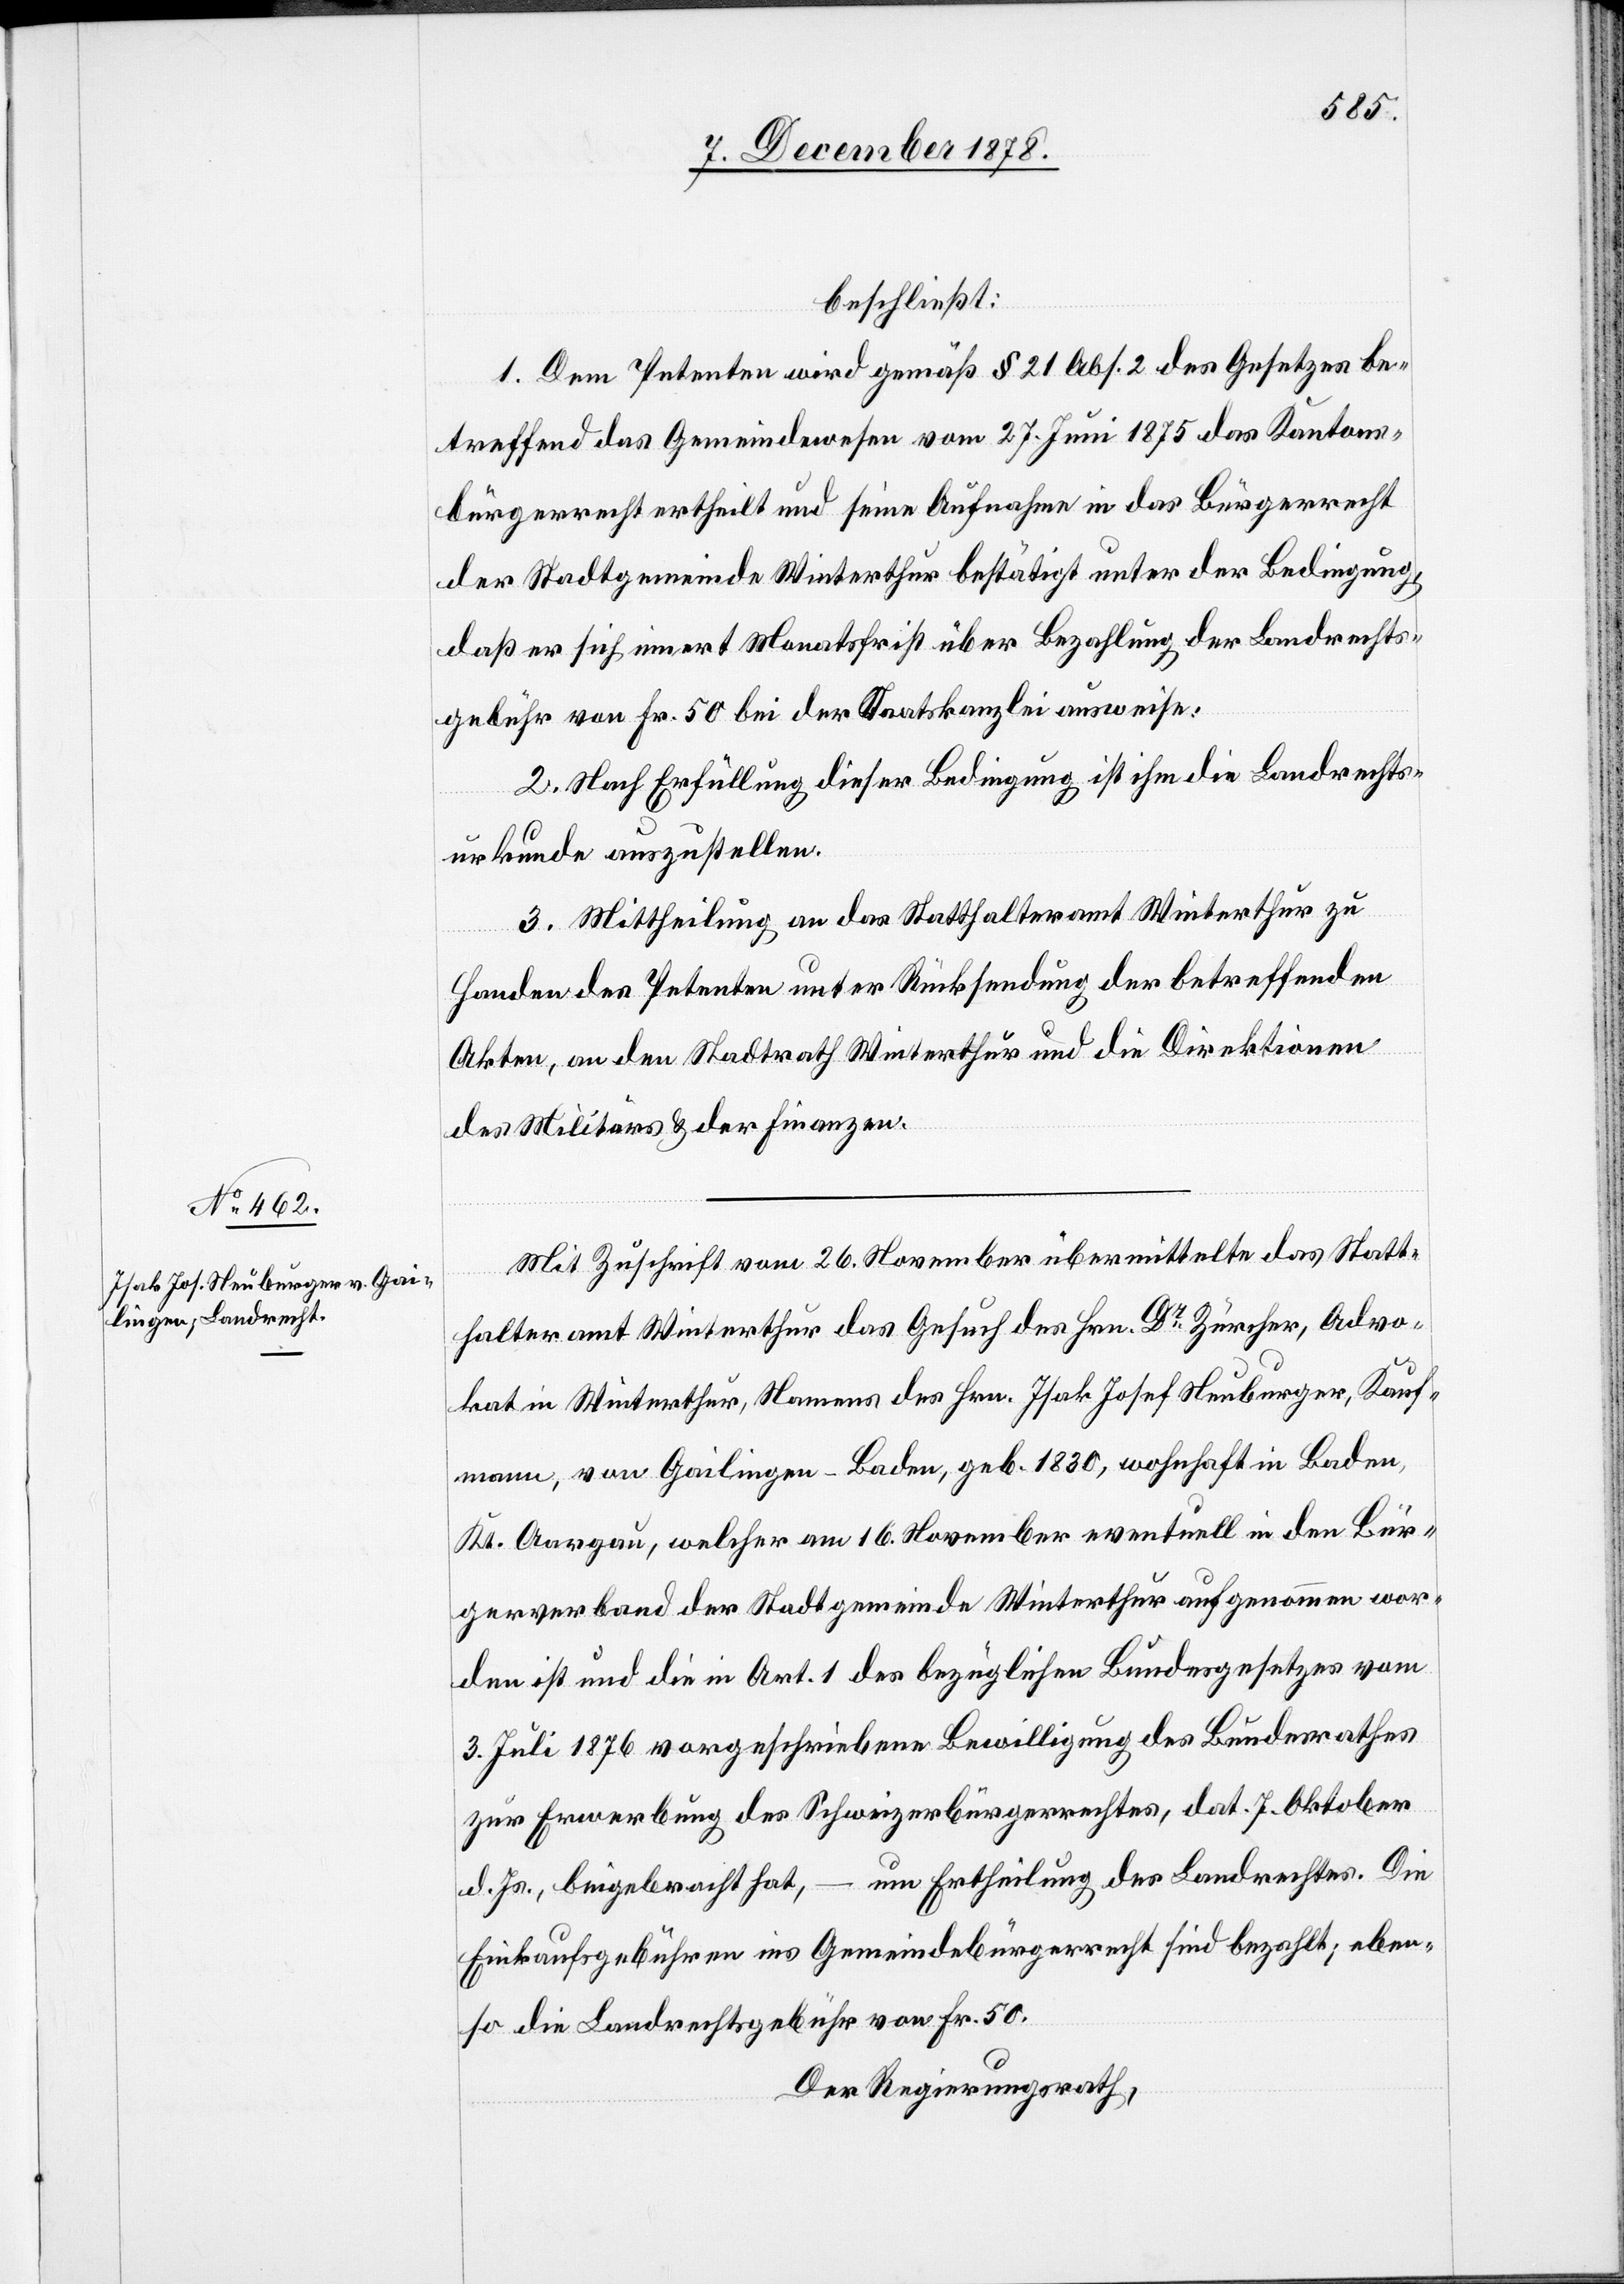
beschließt:
1. Dem Petenten wird gemäß § 21 Abs. 2 des Gesetzes be¬
treffend das Gemeindewesen vom 27. Juni 1875 das Kantons¬
bürgerrecht ertheilt und seine Aufnahme in das Bürgerrecht
der Stadtgemeinde Winterthur bestätigt unter der Bedingung,
daß er sich innert Monatsfrist über Bezahlung der Landrechts¬
gebühr von Fr. 50 bei der Staatskanzlei ausweise.
2. Nach Erfüllung dieser Bedingung ist ihm die Landrechts¬
urkunde auszustellen.
3. Mittheilung an das Statthalteramt Winterthur zu
Handen des Petenten unter Rücksendung der betreffenden
Akten, an den Stadtrath Winterthur und an die Direktionen
des Militärs & der Finanzen.
Mit Zuschrift vom 26. November übermittelte das Statt¬
halteramt Winterthur das Gesuch des Hrn. Dr Zürcher, Advo¬
kat in Winterthur, Namens des Hrn. Isak Josef Neuburger, Kauf¬
mann, von Gailingen - Baden, geb. 1830, wohnhaft in Baden,
Kt. Aargau, welcher am 16. Novbr. eventuell in den Bür¬
gerverband der Stadtgemeinde Winterthur aufgenommen wor¬
den ist und die in Art. 1 des bezüglichen Bundesgesetzes vom
3. Juli 1876 vorgeschriebene Bewilligung des Bundesrathes
zur Erwerbung des Schweizerbürgerrechtes, dat. 7. Oktbr.
d. Js., beigebracht hat, – um Ertheilung des Landrechtes. Die
Einkaufsgebühren ins Gemeindebürgerrecht sind bezahlt; eben¬
so die Landrechtsgebühr von Fr. 50.
Der Regierungsrath,